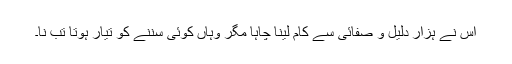
اس نے ہزار دلیل و صفائی سے کام لینا چاہا مگر وہاں کوئی سننے کو تیار ہوتا تب نا۔